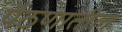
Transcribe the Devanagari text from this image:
पैठणातील